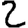
Digit: 2